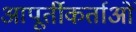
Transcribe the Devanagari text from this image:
आपूर्तीकर्ताओं